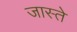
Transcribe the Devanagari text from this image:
जास्ते